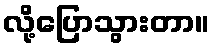
လို့ပြောသွားတာ။